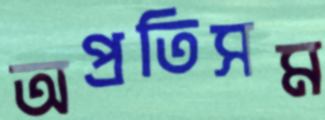
অপ্রতিসম